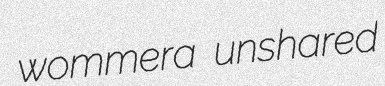
wommera unshared